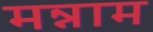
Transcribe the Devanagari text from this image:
मन्नाम